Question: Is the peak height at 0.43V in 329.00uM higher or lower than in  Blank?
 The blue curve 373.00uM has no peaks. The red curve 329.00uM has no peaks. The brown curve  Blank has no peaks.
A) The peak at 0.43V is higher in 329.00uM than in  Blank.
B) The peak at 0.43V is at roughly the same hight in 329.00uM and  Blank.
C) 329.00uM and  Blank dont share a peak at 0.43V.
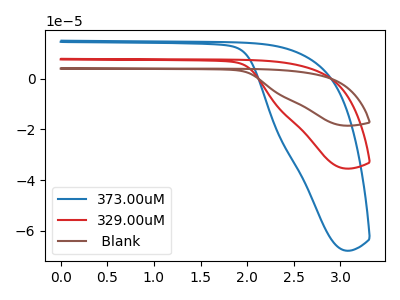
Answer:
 <answer>C) "329.00uM" and " Blank" dont share a peak at 0.43V.</answer>
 <eval>C</eval>